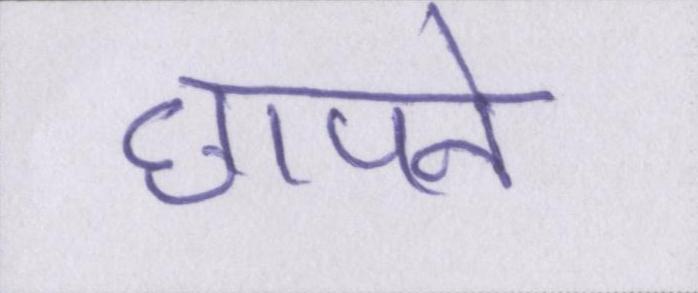
छापने